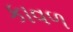
કાવળ